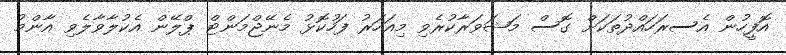
އޮފީހުން އެސރަހައްދުތަކަށް ގޮސް މަޝަވަރާކުރެވި މިއަހަރު ފަހުކޮޅު މެނޭޖްމަންޓް ޕްލޭން އެކުލާވާލެވި އާންމު